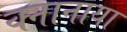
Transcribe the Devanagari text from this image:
क्नानाया